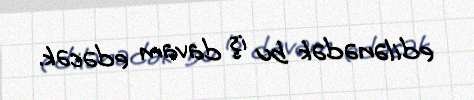
edilənədək bu iş davam edəcək.